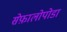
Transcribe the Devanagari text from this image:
सेफ़ालोपोडा